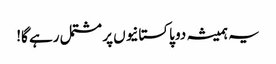
یہ ہمیشہ دو پاکستانیوں پر مشتمل رہے گا!